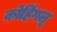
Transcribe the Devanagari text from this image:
कोहिंगलू